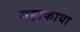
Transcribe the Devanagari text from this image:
महाकाया